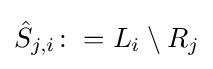
{\hat {S}}_{j,i}\colon =L_{i}\setminus R_{j}